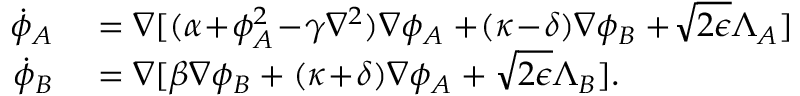
\begin{array} { r l } { \! \dot { \phi } _ { A } } & { { } = \nabla [ ( \alpha \! + \! \phi _ { A } ^ { 2 } \! - \! \gamma \nabla ^ { 2 } ) \nabla \phi _ { A } + \! ( \kappa \! - \! \delta ) \nabla \phi _ { B } + \! \sqrt { 2 \epsilon } \Lambda _ { A } ] } \\ { \! \dot { \phi } _ { B } } & { { } = \nabla [ \beta \nabla \phi _ { B } + ( \kappa \! + \! \delta ) \nabla \phi _ { A } + \sqrt { 2 \epsilon } \Lambda _ { B } ] . } \end{array}